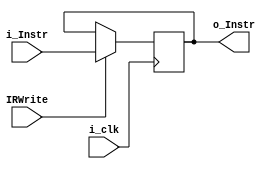
`timescale 1ns / 1ps

module IR(i_clk, IRWrite, i_Instr, o_Instr);
	input [31:0] i_Instr;
	input i_clk, IRWrite;
	output reg [31:0] o_Instr;
	
	always@(posedge i_clk)begin
			if(IRWrite)
				o_Instr 	<= i_Instr;
			else
				o_Instr	<= o_Instr;
	end
	
endmodule